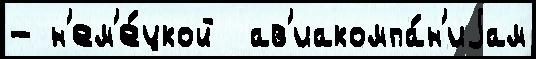
- н'ем'е́цкой  ав'иакомпа́н'иjам